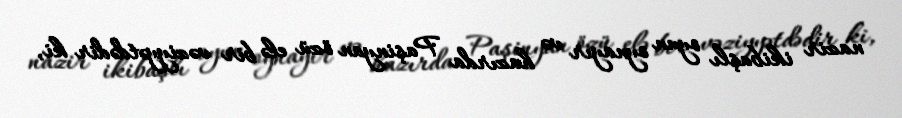
nazir ikibaşlı oyun oynayır və hazırda Paşinyan özü elə bir vəziyyətdədir ki,